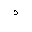
Letter: _dal